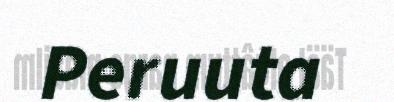
Peruuta